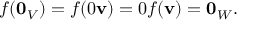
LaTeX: f ( \mathbf { 0 } _ { V } ) = f ( 0 \mathbf { v } ) = 0 f ( \mathbf { v } ) = \mathbf { 0 } _ { W } .